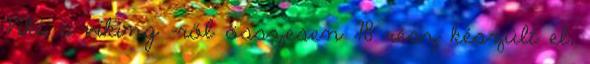
Viki, a viking –ről összesen 78 rész készült el,